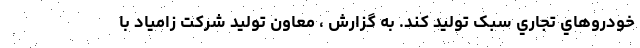
خودروهاي تجاري سبک تولید کند. به گزارش ، معاون تولید شرکت زامیاد با